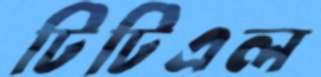
টিটিএল